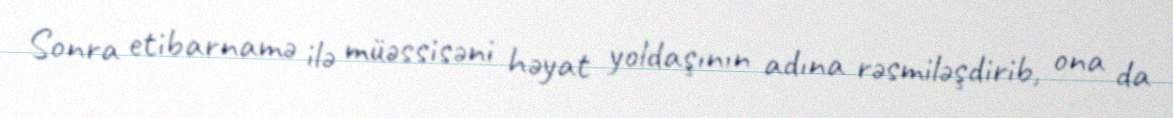
Sonra etibarnamə ilə müəssisəni həyat yoldaşının adına rəsmiləşdirib, ona da